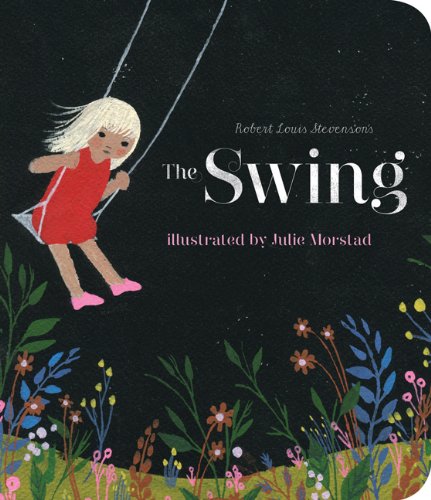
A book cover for The Swing; Robert Louis Stevenson; Literature & Fiction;